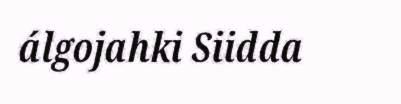
álgojahki Siidda